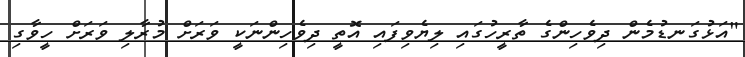
"އަޅުގަނޑުމެން ދިވެހިންގެ ތާރީހުގައި ލިޔެވިފައި އޮތީ ދިވެހިންނަކީ ވަރަށް މުރާލި ވަރަށް ހީވާގި